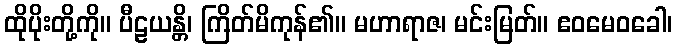
ထိုပိုးတို့ကို။ ပီဠယန္တိ၊ ကြိတ်မိကုန်၏။ မဟာရာဇ၊ မင်းမြတ်။ ဧဝမေဝခေါ၊